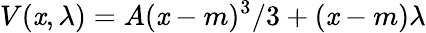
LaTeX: V(\mathit{x},\lambda)=A(\mathit{x}-m)^{3}/3+(\mathit{x}-m)\lambda